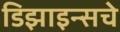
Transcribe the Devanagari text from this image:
डिझाइन्सचे